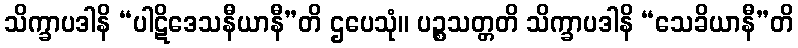
သိက္ခာပဒါနိ “ပါဋိဒေသနီယာနီ”တိ ဌပေသုံ။ ပဉ္စသတ္တတိ သိက္ခာပဒါနိ “သေခိယာနီ”တိ